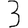
Digit: 3